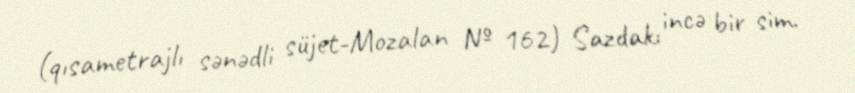
(qısametrajlı sənədli süjet-Mozalan № 162) Sazdakı incə bir sim.